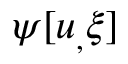
\psi [ u _ { , } \xi ]